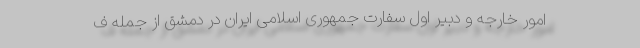
امور خارجه و دبیر اول سفارت جمهوری اسلامی ایران در دمشق از جمله ف